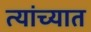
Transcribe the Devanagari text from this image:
त्‍यांच्‍यात